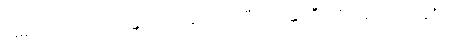
အမျိုးသို့။ ဥပသင်္ကမန္တေ၊ ကပ်ကုန်သော။ သီလဝန္တေ၊ သီလရှိကုန်သော။ ပဗ္ဗဇိတေ၊